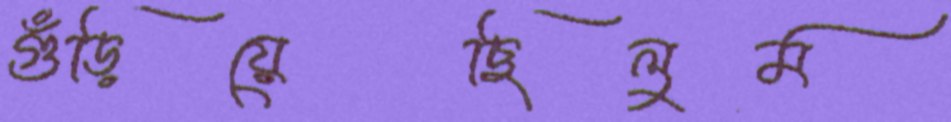
গুঁড়িয়েছিলুম